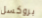
بروكسل